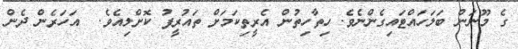
ގެ މޫނަން ބަލަހައްޓައިގެންނެވެ. ހިތާހިތުން އެރީތިކަމަށް ތައުރީފު ކޮށްލިއެވެ.  އަހަރެން ދެން